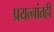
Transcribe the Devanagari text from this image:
प्रयत्‍नांतही